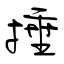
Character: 捶